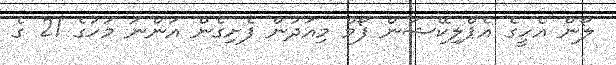
ލޯން އެހީގެ އެޕްލިކޭޝަން ފޯމް މިއަދުން ފެށިގެން އަންނަ މަހުގެ 21 ގެ